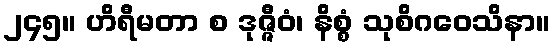
၂၄၅။ ဟိရီမတာ စ ဒုဇ္ဇီဝံ၊ နိစ္စံ သုစိဂဝေသိနာ။